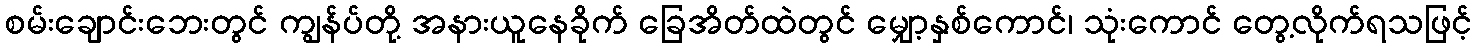
စမ်းချောင်းဘေးတွင် ကျွန်ပ်တို့ အနားယူနေခိုက် ခြေအိတ်ထဲတွင် မျှော့နှစ်ကောင်၊ သုံးကောင် တွေ့လိုက်ရသဖြင့်